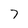
Character: 7